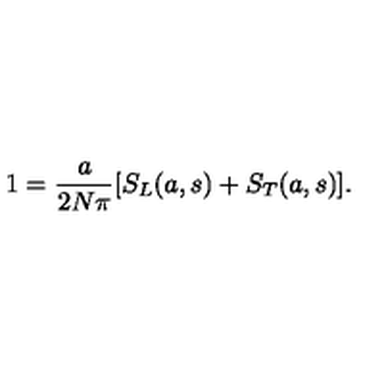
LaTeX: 1 = \frac { a } { 2 N \pi } [ S _ { L } ( a , s ) + S _ { T } ( a , s ) ] .